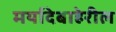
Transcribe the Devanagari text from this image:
मर्यादेबाहेरील